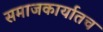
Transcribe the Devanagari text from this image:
समाजकार्यातच